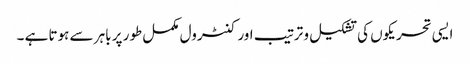
ایسی تحریکوں کی تشکیل و ترتیب اور کنٹرول مکمل طور پر باہر سے ہوتا ہے ۔